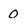
Character: 0